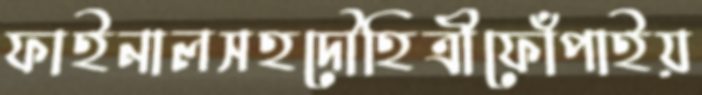
ফাইনালসহদৌহিত্রীফোঁপাইয়